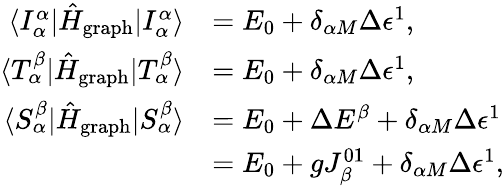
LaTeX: \begin{array}{rl}{\langle I_{\alpha}^{\alpha}|\hat{H}_{\mathrm{graph}}|I_{\alpha}^{\alpha}\rangle}&{=E_{0}+\delta_{\alpha M}\Delta\epsilon^{1},}\\ {\langle T_{\alpha}^{\beta}|\hat{H}_{\mathrm{graph}}|T_{\alpha}^{\beta}\rangle}&{=E_{0}+\delta_{\alpha M}\Delta\epsilon^{1},}\\ {\langle S_{\alpha}^{\beta}|\hat{H}_{\mathrm{graph}}|S_{\alpha}^{\beta}\rangle}&{=E_{0}+\Delta E^{\beta}+\delta_{\alpha M}\Delta\epsilon^{1}}\\ &{=E_{0}+gJ_{\beta}^{01}+\delta_{\alpha M}\Delta\epsilon^{1},}\end{array}